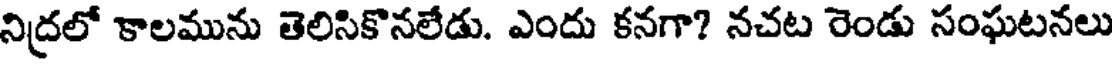
నిద్రలో కాలమును తెలిసికొనలేడు. ఎందు కనగా? నచట రెండు సంఘటనలు